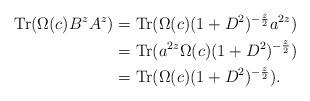
LaTeX: \begin{align*} \mathrm{Tr}(\Omega(c)B^zA^z) &= \mathrm{Tr}(\Omega(c)(1+D^2)^{-\frac{z}{2}}a^{2z})\\ &= \mathrm{Tr}(a^{2z}\Omega(c)(1+D^2)^{-\frac{z}{2}})\\ &= \mathrm{Tr}(\Omega(c)(1+D^2)^{-\frac{z}{2}}). \end{align*}